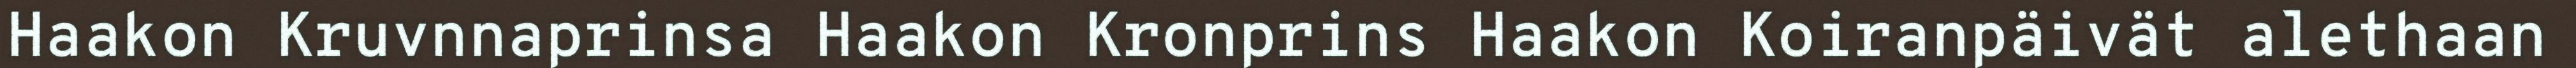
Haakon Kruvnnaprinsa Haakon Kronprins Haakon Koiranpäivät alethaan